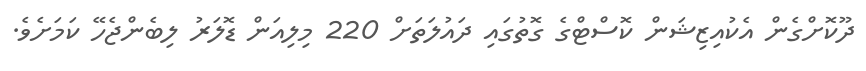
ދޫކޮށްގެން އެކުއިޒިޝަން ކޮސްޓްގެ ގޮތުގައި ދައުލަތަށް 220 މިލިއަން ޑޮލަރު ލިބެންޖެހޭ ކަމަށެވެ.